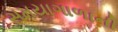
સમયાગાળાની